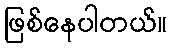
ဖြစ်နေပါတယ်။